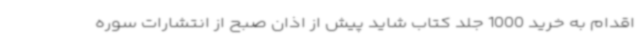
اقدام به خرید 1000 جلد کتاب شاید پیش از اذان صبح از انتشارات سوره